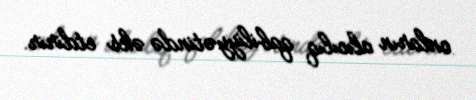
onların alıcılıq qabiliyyətində əks etdirir.